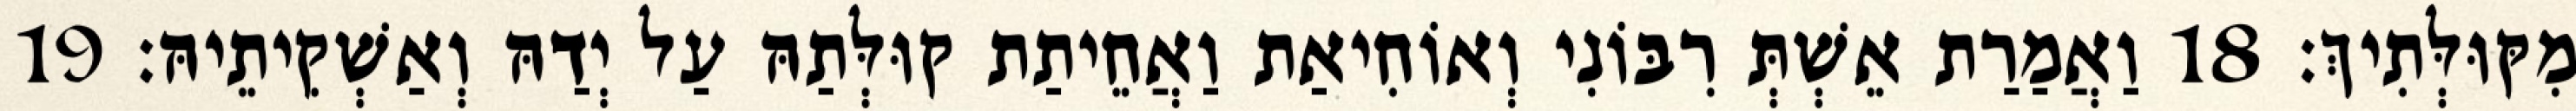
מִקּוּלְּתִיךְ׃ 18 וַאֲמַרַת אֵשְׁתְּ רִבּוֹנִי וְאוֹחִיאַת וַאֲחֵיתַת קוּלְּתַהּ עַל יְדַהּ וְאַשְׁקִיתֵיהּ׃ 19